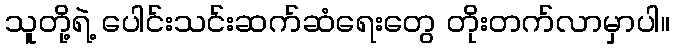
သူတို့ရဲ့ ပေါင်းသင်းဆက်ဆံရေးတွေ တိုးတက်လာမှာပါ။